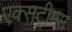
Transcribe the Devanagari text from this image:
एक्सट्रीम्स